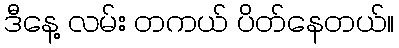
ဒီနေ့ လမ်း တကယ် ပိတ်နေတယ်။